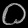
Digit: ၀